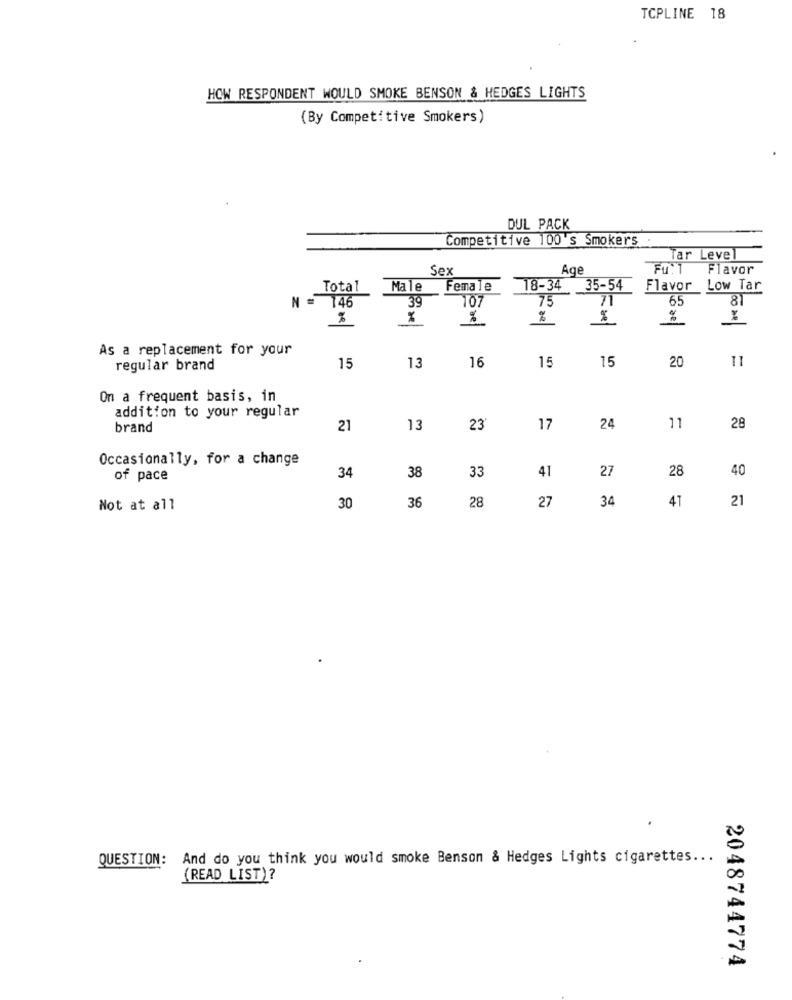
TCPLINE 18
HOW RESPONDENT WOULD SMOKE BENSON & HEDGES LIGHTS
(By Competitive Smokers)
DUL PACK
Competitive 100's Smokers
ar Level
Sex
Age
Flavor
Total
Male
Female
18-34
35-54
Flavor Low Tar
N =
39
107
75
71
65
81
146
%
%
%
%
%
As a replacement for your
16
15
20
regular brand
15
13
15
On a frequent basis, in
addition to your regular
brand
21
13
23'
17
24
11
28
Occasionally, for a change
34
38
33
27
28
40
of pace
41
34
41
21
Not at all
30
36
28
27
QUESTION: And do you think you would smoke Benson & Hedges Lights cigarettes ...
(READ LIST)?
2048744774